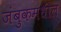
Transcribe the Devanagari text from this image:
जंबुकमधील